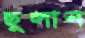
ছুলান